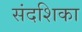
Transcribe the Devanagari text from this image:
संदशिका